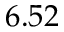
6 . 5 2